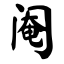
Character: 阉